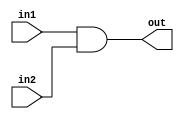
module and_gate(in1,in2,out);

input in1,in2;
output reg out;


always @(*)
begin
	out<=in1&in2;
end
endmodule



module tb_and();

reg in1,in2;
wire out;

and_gate a1(in1,in2,out);
initial
begin

in1=0;
in2=0;

$monitor("in1-->%b  in2-->%b  out-->%b",in1,in2,out);

#5
in1=1;
in2=0;

#5
in1=0;
in2=1;

#5
in1=1;
in2=1;

end
endmodule